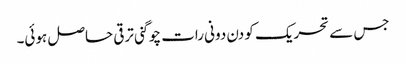
جس سے تحریک کو دن دونی رات چوگنی ترقی حاصل ہوئی۔